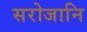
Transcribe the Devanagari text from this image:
सरोजानि